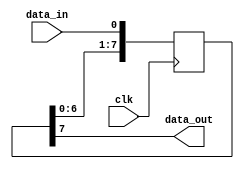
module SISO_Shift_Register (
    input wire data_in,
    input wire clk,
    output reg data_out
);

reg [7:0] shift_reg;

always @(posedge clk) begin
    shift_reg <= {shift_reg[6:0], data_in};
end

assign data_out = shift_reg[7];

endmodule